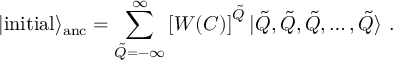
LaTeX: | \mathrm { i n i t i a l } \rangle _ { \mathrm { a n c } } = \sum _ { \tilde { Q } = - \infty } ^ { \infty } \left[ W ( C ) \right] ^ { \tilde { Q } } | \tilde { Q } , \tilde { Q } , \tilde { Q } , \dots , \tilde { Q } \rangle ~ .